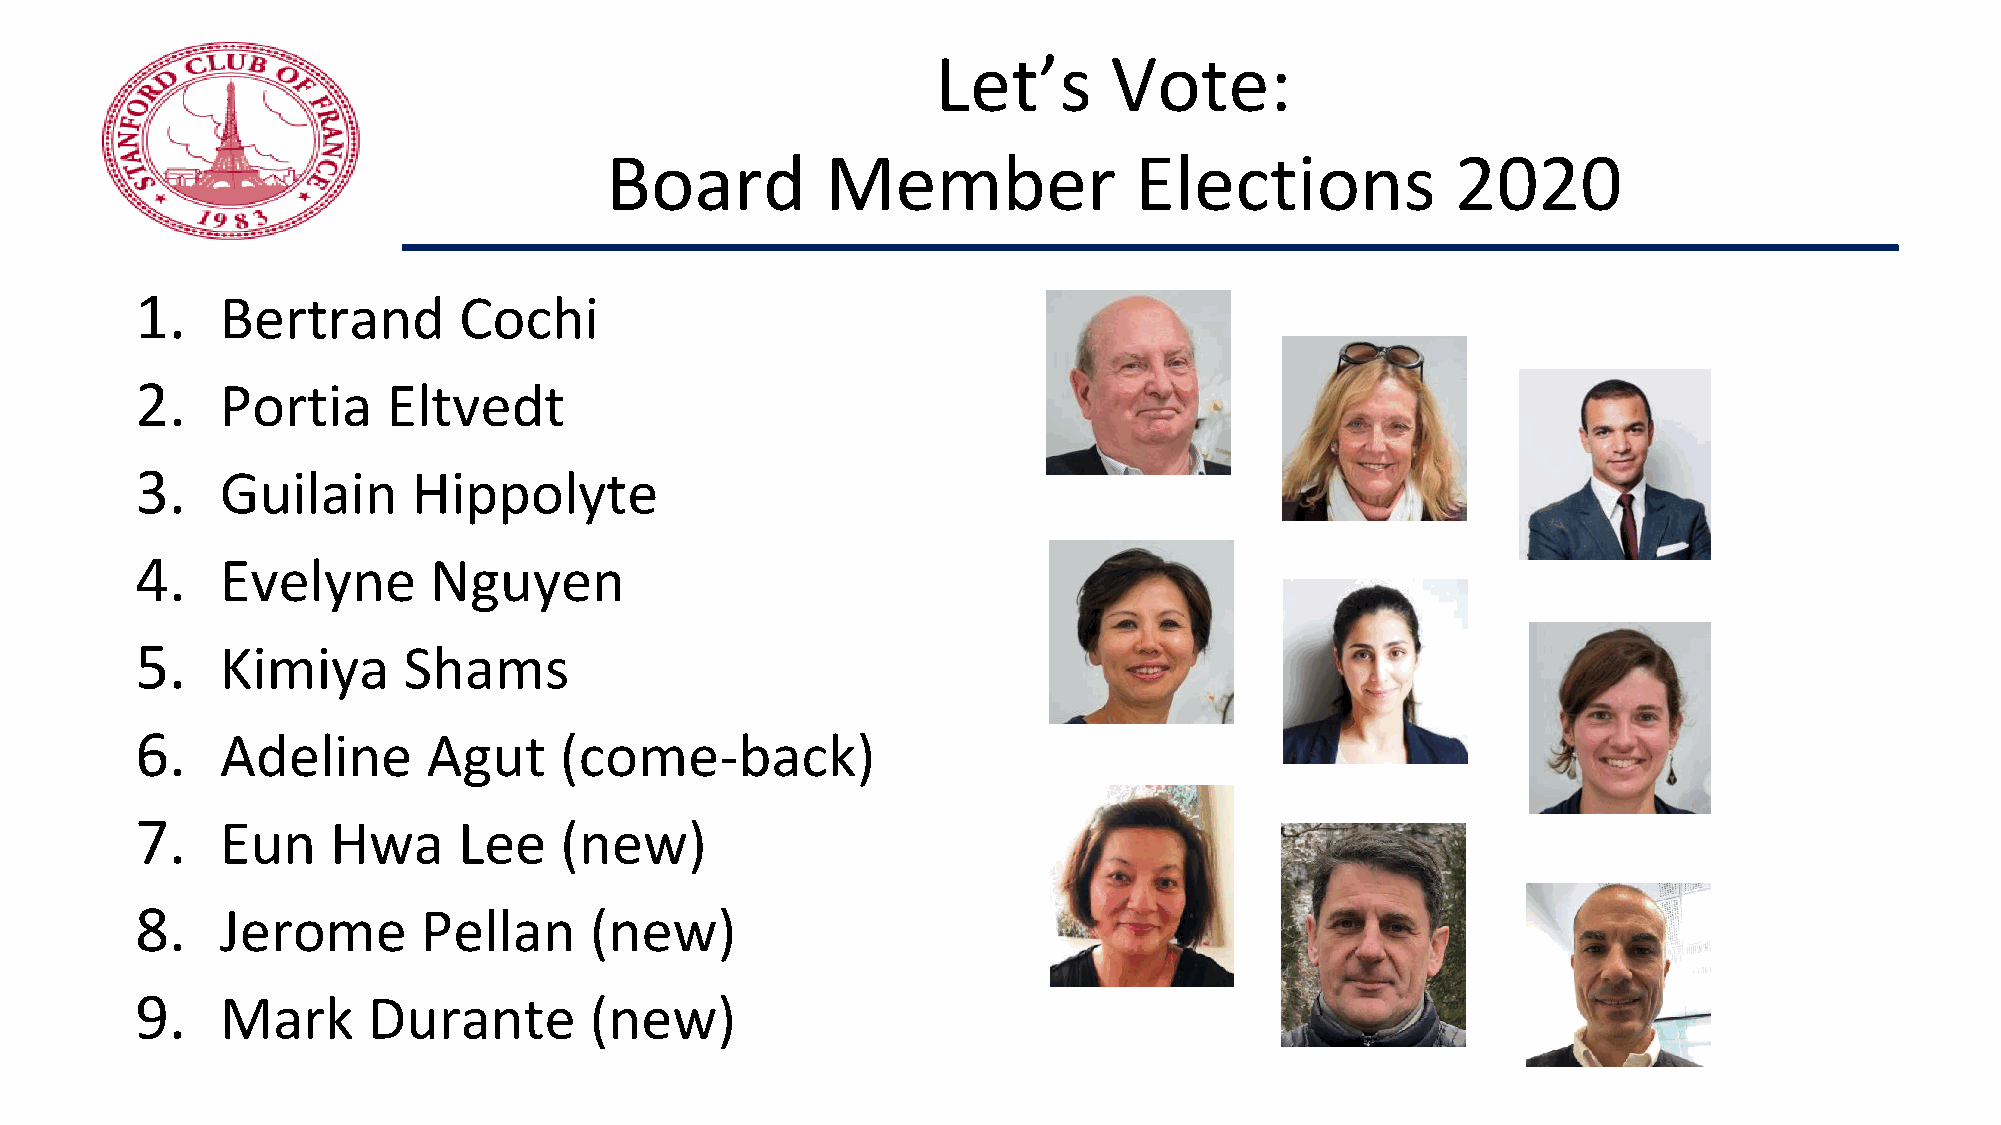
Let’s      Vote:
 Board          Member              Elections            2020
 1.    Bertrand       Cochi
 2.    Portia     Eltvedt
 3.    Guilain     Hippolyte
 4.    Evelyne      Nguyen
 5.    Kimiya      Shams
 6.    Adeline      Agut     (come-back)
 7.    Eun    Hwa     Lee    (new)
 8.    Jerome       Pellan     (new)
 9.    Mark     Durante        (new)